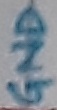
Text: GND